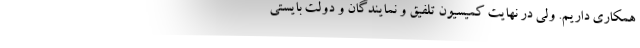
همکاری داریم. ولی در نهایت کمیسیون تلفیق و نمایندگان و دولت بایستی